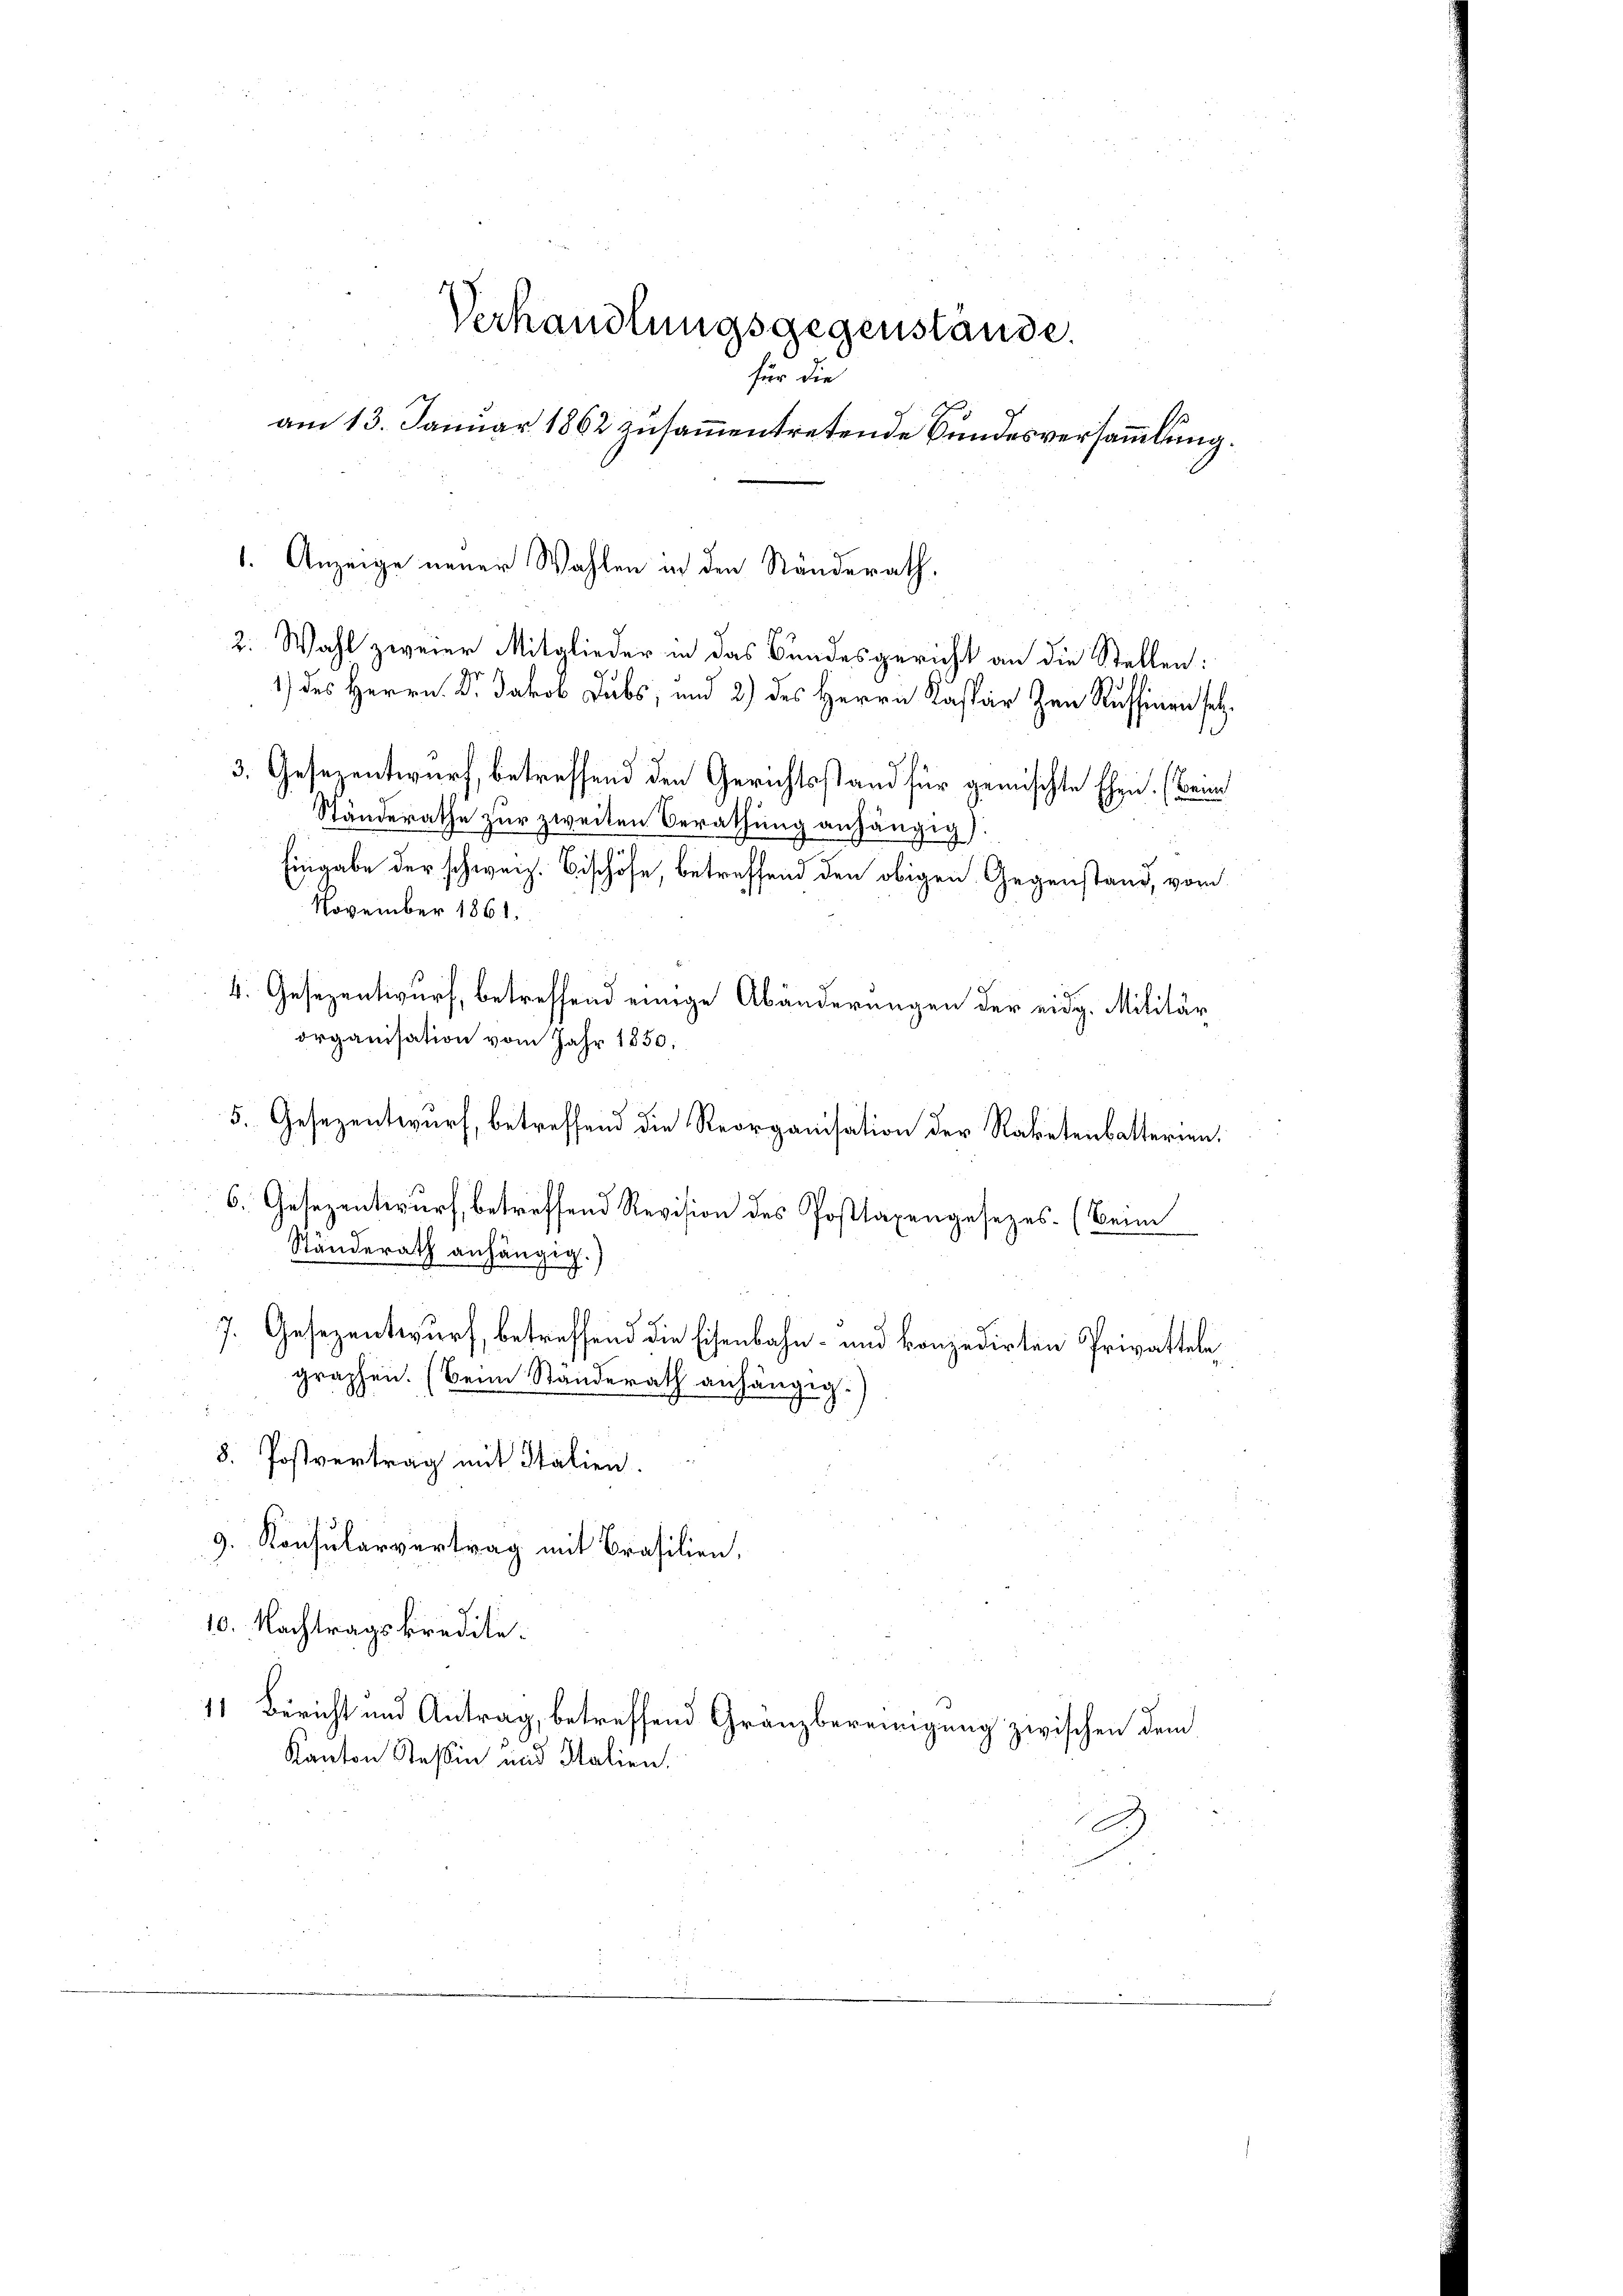
Verhandlungsgegenstände.
für die
am 13. Januar 1862 zusammentretende Bundesversammlung.

Ständerathe zur zweiten Berathung anhängig).
Eingabe der schweiz. Bischöfe, betreffend den obigen Gegenstand, vom
November 1861.
organisation vom Jahr 1850;
5. Gesezentwurf, betreffend die Reorganisation der Raketenbatterien.
6. Gesezentwurf, betreffend Revision des Posttaxengesezes. (Beim
Ständerath anhängig.)
e
7. Gesezentwurf, betreffend die Eisenbahn- und konzedirten Privatteln
graphen. (Beim Standerath anhängig.
8. Postvertrag mit Italien.
9. Konsularvertrag mit Brasilien,
10. Nachtragskredite.
11 Bericht und Antrag, betreffend Granzbereinigung zwischen dem
Kanton Tessin und Salien.

1. Anzeige neuer Wahlen in den Ständerath,
2. Wahl zweier Mitglieder in das Bundesgericht an die Stellen:

1) des Herrn Dr. Jakob Dubs, und 2) des Herrn Kaspar Zen Russinen setz¬
3. Gesezentwurf, betreffend den Gerichtsstand für gemischte Ehen. (Beim

4. Gesezentwurf, betreffend einige Abänderungen der eidg. Militär